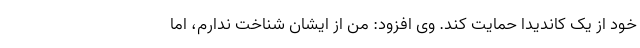
خود از یک کاندیدا حمایت کند. وی افزود: من از ایشان شناخت ندارم، اما